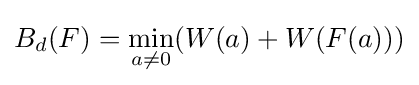
B_{d}(F)={\underset {a\neq 0}{\min }}(W(a)+W(F(a)))